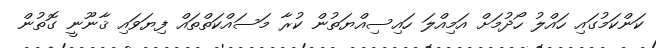
ކަންކަމުގައި ހައްލު ހޯދުމަށް އަމިއްލަ ހައިސިއްޔަތުން ކުރާ މަސައްކަތްތައް ފިޔަވައި ޤާނޫނީ ގޮތުން